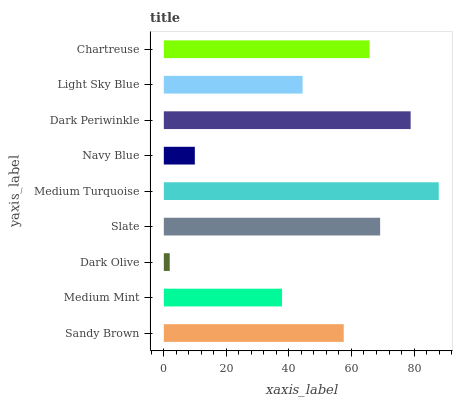
| yaxis_label | bars |
 | --- | --- |
 | Sandy Brown | 57.5 |
 | Medium Mint | 37.8 |
 | Dark Olive | 1.89 |
 | Slate | 69.2 |
 | Medium Turquoise | 87.9 |
 | Navy Blue | 9.92 |
 | Dark Periwinkle | 78.9 |
 | Light Sky Blue | 44.4 |
 | Chartreuse | 65.8 |